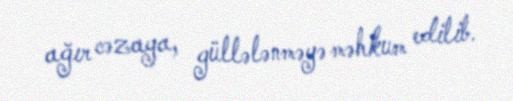
ağır cəzaya, güllələnməyə məhkum edilib.